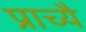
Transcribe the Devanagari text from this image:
प्राच्यै